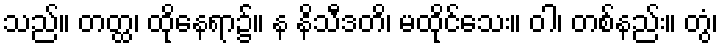
သည်။ တတ္ထ၊ ထိုနေရာ၌။ န နိသီဒတိ၊ မထိုင်သေး။ ဝါ၊ တစ်နည်း။ တွံ၊